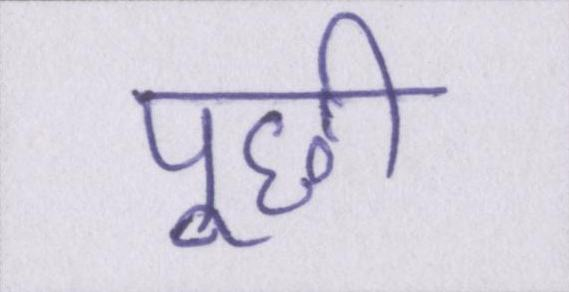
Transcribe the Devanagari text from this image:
पूछी